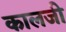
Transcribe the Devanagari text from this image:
कालजी